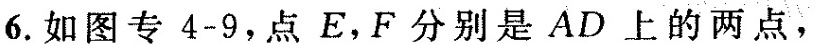
6.如图专4-9，点E，F分别是AD上的两点，